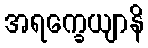
အရက္ခေယျာနိ